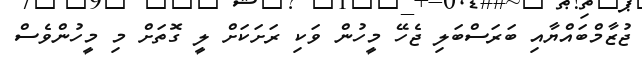
ޖުޒާމްބައްޔާއި ބަރަސްބަލި ޖެހޭ މީހުން ވަކި ރަށަކަށް ލީ ގޮތަށް މި މީހުންވެސް